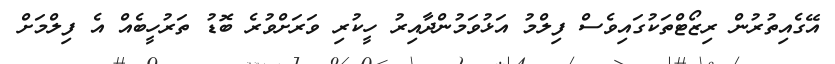
އޭގެއިތުރުން ރިޒޯޓްތަކުގައިވެސް ފިލްމު އަޅުވަމުންދާއިރު ހީކުރި ވަރަށްވުރެ ބޮޑު ތަރުހީބެއް އެ ފިލްމަށް